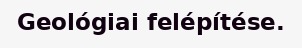
Geológiai felépítése.